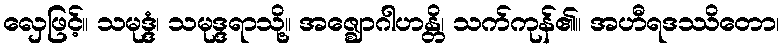
လှေဖြင့်။ သမုဒ္ဒံ၊ သမုဒ္ဒရာသို့။ အဇ္ဈောဂါဟန္တိ၊ သက်ကုန်၏။ အဟီရဒဿိတော၊